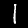
Label: 1